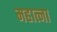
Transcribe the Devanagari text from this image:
महात्ना